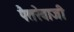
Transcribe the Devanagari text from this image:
पैतरेवाजी